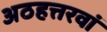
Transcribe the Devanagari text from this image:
अठहत्तरवां